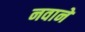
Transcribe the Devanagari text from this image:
नवाने